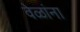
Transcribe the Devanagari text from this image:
वेळांना